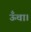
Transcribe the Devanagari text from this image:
ऊँचा।